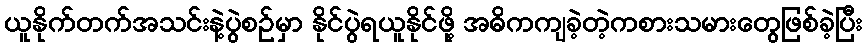
ယူနိုက်တက်အသင်းနဲ့ပွဲစဉ်မှာ နိုင်ပွဲရယူနိုင်ဖို့ အဓိကကျခဲ့တဲ့ကစားသမားတွေဖြစ်ခဲ့ပြီး